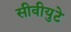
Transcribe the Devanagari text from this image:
सीवीयुटे